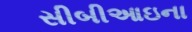
સીબીઆઇના